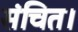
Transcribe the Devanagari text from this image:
संचित।